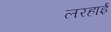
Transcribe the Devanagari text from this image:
लरहाई